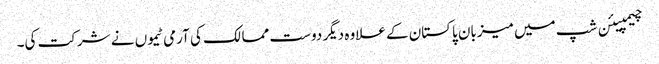
چیمپیئن شپ میں میزبان پاکستان کے علاوہ دیگر دوست ممالک کی آرمی ٹیموں نے شرکت کی۔